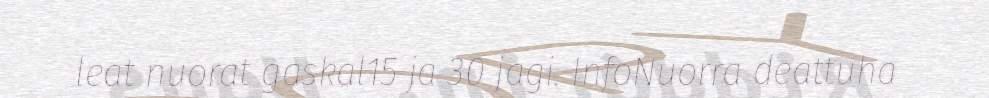
leat nuorat gaskal15 ja 30 jagi. InfoNuorra deattuha